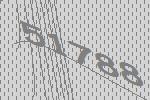
51788